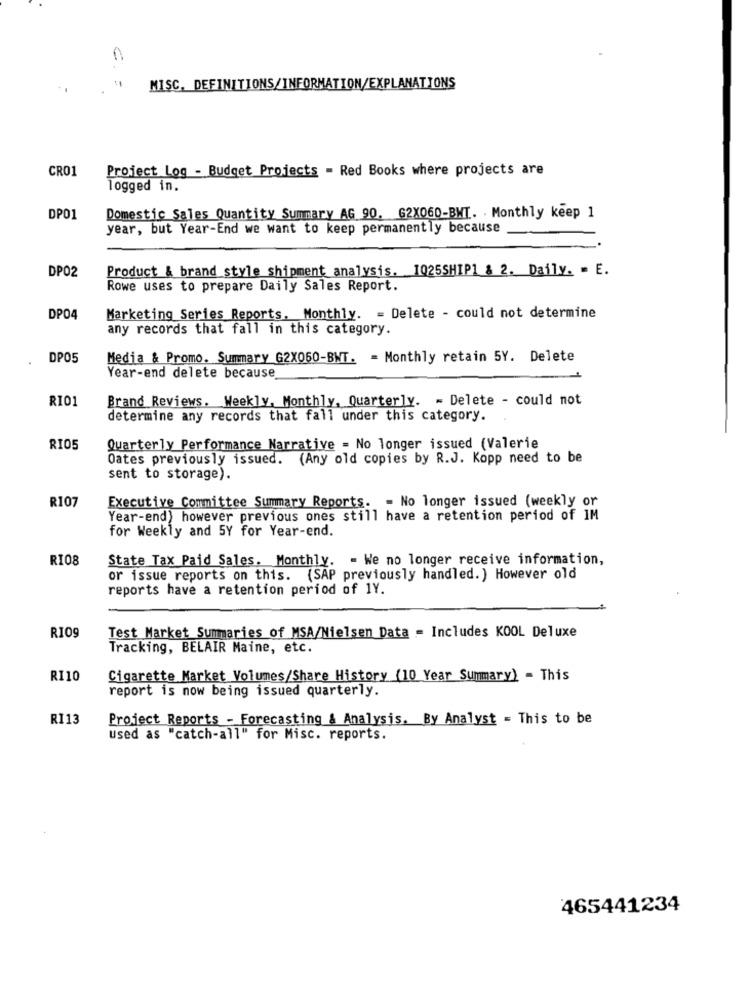
-
MISC. DEFINITIONS/INFORMATION/EXPLANATIONS
CRO1
Project Log - Budget Projects - Red Books where projects are
logged in.
DP01
Domestic Sales Quantity Summary AG 90, 62X060-BWT. . Monthly keep 1
year, but Year-End we want to keep permanently because
DP02
Product & brand style shipment analysis. 1025SHIP1 & 2. Daily. . E.
Rowe uses to prepare Daily Sales Report.
DP04
Marketing Series Reports, Monthly. = Delete - could not determine
any records that fall in this category.
DP05
Media & Promo. Summary G2X060-BWT. = Monthly retain 5Y. Delete
Year-end delete because.
R101
Brand Reviews. Weekly, Monthly, Quarterly. - Delete - could not
determine any records that fall under this category.
RIO5
Quarterly Performance Narrative = No longer issued (Valerie
Oates previously issued. (Any old copies by R.J. Kopp need to be
sent to storage).
R107
Executive Committee Summary Reports. - No longer issued (weekly or
Year-end) however previous ones still have a retention period of IM
for Weekly and 5Y for Year-end.
RI08
State Tax Paid Sales. Monthly. - We no longer receive information,
or issue reports on this. (SAP previously handled. ) However old
reports have a retention period of 1Y.
Test Market Summaries of MSA/Nielsen Data = Includes KOOL Deluxe
RI09
Tracking, BELAIR Maine, etc.
RI10
Cigarette Market Volumes/Share History (10 Year Summary) - This
report is now being issued quarterly.
R113
Project Reports - Forecasting & Analysis. By Analyst = This to be
Used as "catch-all" for Misc. reports.
465441234